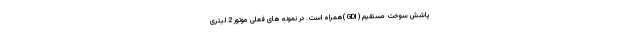
پاشش سوخت مستقیم ( GDI )همراه است. در نمونه های فعلی موتور 2 لیتری